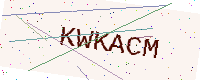
Text: KWKACM